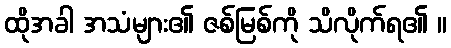
ထိုအခါ အသံများ၏ ဇစ်မြစ်ကို သိလိုက်ရ၏ ။